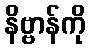
နိဗ္ဗာန်ကို